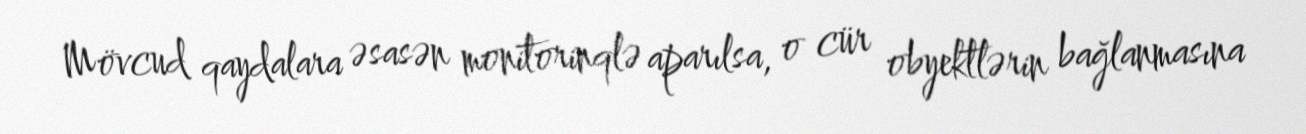
Mövcud qaydalara əsasən monitorinqlə aparılsa, o cür obyektlərin bağlanmasına